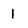
Character: 1